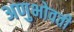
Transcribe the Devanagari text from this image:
अणुभोवती